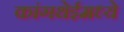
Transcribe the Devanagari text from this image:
कांगथेईमध्ये